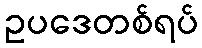
ဥပဒေတစ်ရပ်